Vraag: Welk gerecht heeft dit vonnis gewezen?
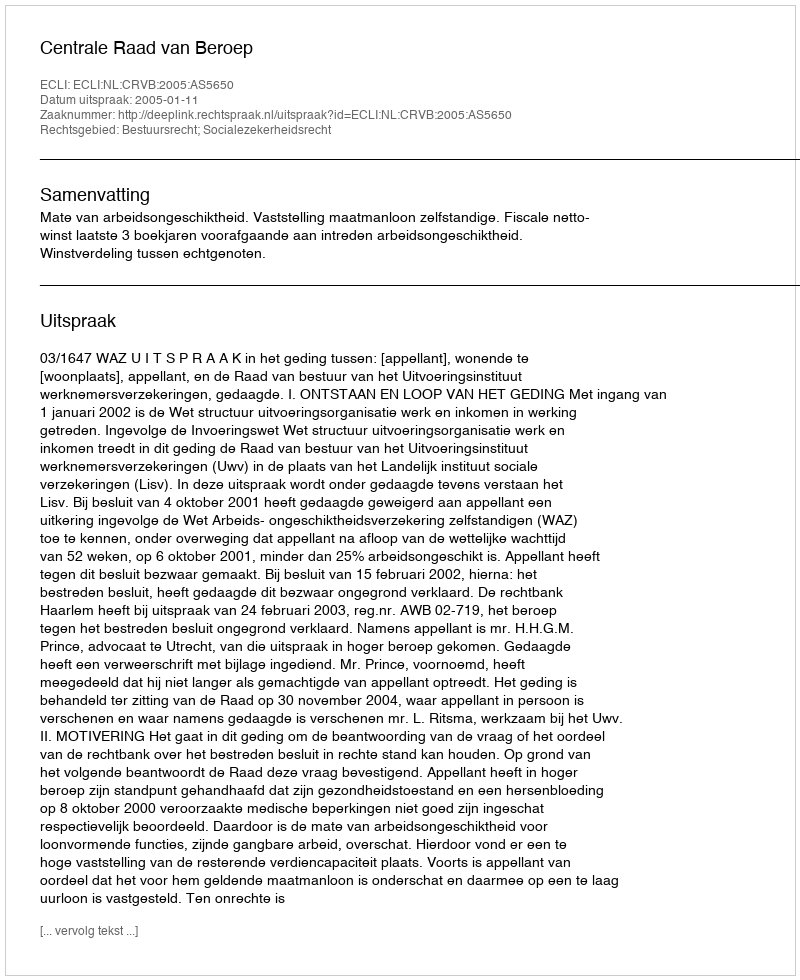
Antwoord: Centrale Raad van Beroep